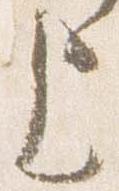
上